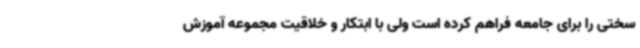
سختی را برای جامعه فراهم کرده است ولی با ابتکار و خلاقیت مجموعه آموزش